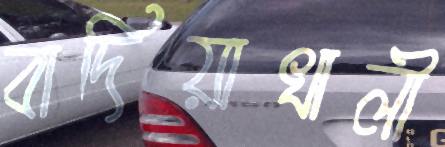
বাদিয়াখালী